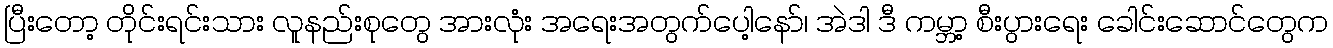
ပြီးတော့ တိုင်းရင်းသား လူနည်းစုတွေ အားလုံး အရေးအတွက်ပေါ့နော်၊ အဲဒါ ဒီ ကမ္ဘာ့ စီးပွားရေး ခေါင်းဆောင်တွေက